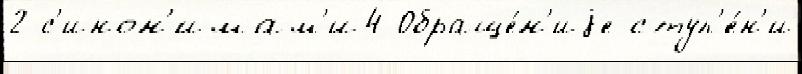
2 с'инон'имам'и4 Обраще́н'иjе ступ'е́н'и